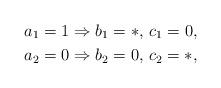
LaTeX: \begin{align*}a_1=1 &\Rightarrow b_1=*, \, c_1=0,\\a_2=0 &\Rightarrow b_2=0, \, c_2=*,\end{align*}